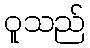
ဝူသည်